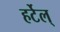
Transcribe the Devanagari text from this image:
हर्टेल्